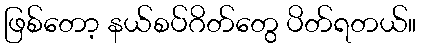
ဖြစ်တော့ နယ်စပ်ဂိတ်တွေ ပိတ်ရတယ်။